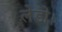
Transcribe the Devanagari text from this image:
लेडो।